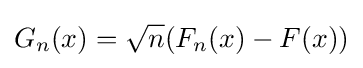
G_{n}(x)={\sqrt {n}}(F_{n}(x)-F(x))